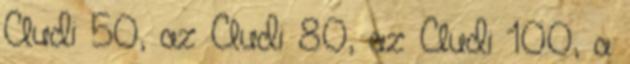
Audi 50, az Audi 80, az Audi 100, a